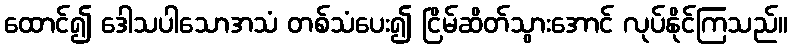
ထောင်၍ ဒေါသပါသောအသံ တစ်သံပေး၍ ငြိမ်ဆိတ်သွားအောင် လုပ်နိုင်ကြသည်။